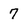
Character: 7